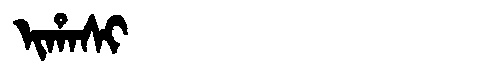
Manchu: ᡳᡥᠠᠰᡳ
Romanization: IHASI